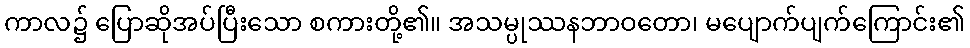
ကာလ၌ ပြောဆိုအပ်ပြီးသော စကားတို့၏။ အသမ္ပုဿနဘာဝတော၊ မပျောက်ပျက်ကြောင်း၏